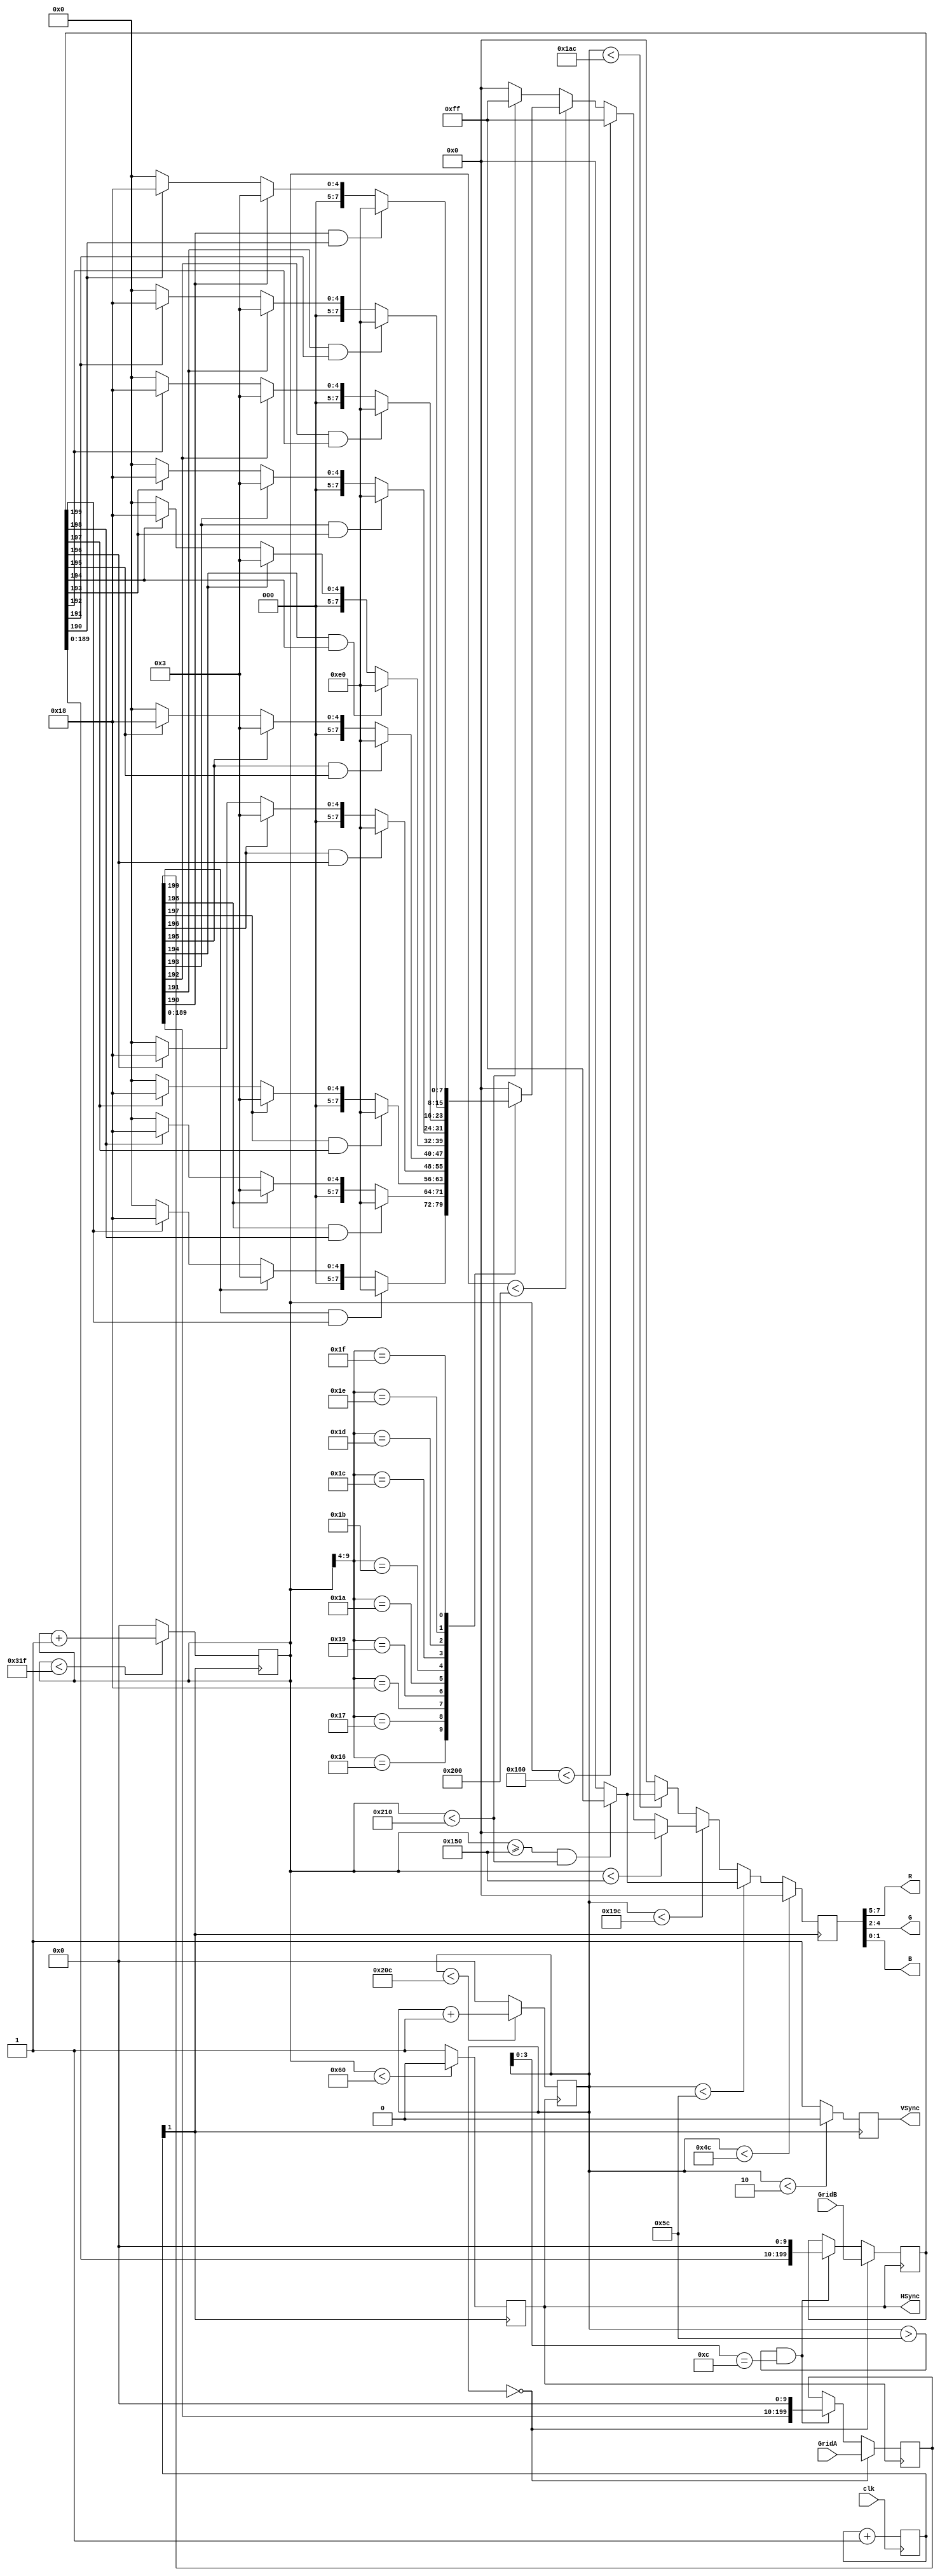
`timescale 1ns / 1ps

//////////////////////////////////////////////////////////////////////////////////
// Company: 
// Engineer: 
// 
// Design Name: 
// Module Name:    tetris_vga2 
// Project Name: 
// Target Devices: 
// Tool versions: 
// Description: 
//
// Dependencies: 
//
// Revision: 
// Revision 0.01 - File Created
// Additional Comments: 
//
//////////////////////////////////////////////////////////////////////////////////
module tetris_vga2(
	clk,
	GridA, GridB,
	HSync, VSync,
	R, G, B
    );
	
	input clk; // 100Mhz clock
	input [199:0] GridA; // blue grid
	input [199:0] GridB; // red grid
	output reg HSync;
	output reg VSync;
	output wire [2:0] R;
	output wire [2:0] G;
	output wire [1:0] B;
	
	reg [7:0] RGB;
	assign R = RGB[7:5];
	assign G = RGB[4:2];
	assign B = RGB[1:0];
	
	// colors
	parameter COLOR_BACKGROUND = 8'b000_000_00,
			  COLOR_BORDER     = 8'b111_111_11,
			  COLOR_GRIDA      = 8'b000_000_11,
			  COLOR_GRIDB      = 8'b000_110_00,
			  COLOR_BOTH       = 8'b111_000_00;
	
	parameter HPULSE_END  = 96,
			  LMARGIN_END = 336,
			  LBORDER_END = 352,
			  RGAME_END   = 512,
			  RBORDER_END = 528;

	parameter VPULSE_END  = 2,
			  TMARGIN_END = 76,
			  TBORDER_END = 92,
			  BGAME_END   = 412,
			  BBORDER_END = 428;
	
	reg [9:0] HorizontalCounter;
	reg [9:0] VerticalCounter;

	wire [5:0] ShiftedHorizontalCounter = HorizontalCounter[9:4];
	parameter SHIFTED_HGAME_START = 22; // gamestart/16

	reg [199:0] GridA_Buff;
	reg [199:0] GridB_Buff;
	wire [9:0] a = GridA_Buff[199:190];
	wire [9:0] b = GridB_Buff[199:190];

	reg [1:0] clock_divider;
	wire pxl_clk = clock_divider[1];
	
	always @(posedge clk) begin
		clock_divider <= clock_divider + 1'b1;
	end
	
	// HorizontalCounter should count 25MHz clock pulses from 0 to 799
	always @(posedge pxl_clk) begin
		if (HorizontalCounter < 799)
			HorizontalCounter <= HorizontalCounter + 1'b1;
		else
			HorizontalCounter <= 0;
	end

	// HSync is active for 96 clock pulses
	always @(posedge pxl_clk) begin
		if (HorizontalCounter < 96)
			HSync <= 1'b0;
		else
			HSync <= 1'b1;
	end


	// VerticalCounter should count HSync pulses from 0 to 524
	always @(negedge HSync) begin
		if (VerticalCounter < 524)
			VerticalCounter <= VerticalCounter + 1'b1;
		else
			VerticalCounter <= 0;
	end

	// VSync is active for 2 lines
	always @(posedge pxl_clk) begin
		if (VerticalCounter < 2)
			VSync <= 1'b0;
		else
			VSync <= 1'b1;
	end

	// stuff for drawing game area:
	always @(posedge pxl_clk) begin
		// Draw top margin
		if (VerticalCounter < TMARGIN_END)
			RGB <= COLOR_BACKGROUND;
		
		// Draw top border
		else if (VerticalCounter < TBORDER_END) begin
			if (HorizontalCounter >= LMARGIN_END && HorizontalCounter < RBORDER_END)
				RGB <= COLOR_BORDER;
			else
				RGB <= COLOR_BACKGROUND;
		end
		
		// Draw game
		else if (VerticalCounter < BGAME_END) begin
			if (HorizontalCounter < LMARGIN_END)
				RGB <= COLOR_BACKGROUND;
			else if (HorizontalCounter < LBORDER_END)
				RGB <= COLOR_BORDER;
			else if (HorizontalCounter < RGAME_END) begin
				// draw game board
				case (ShiftedHorizontalCounter)
					SHIFTED_HGAME_START:     RGB <= (a[9] & b[9]) ? COLOR_BOTH : (a[9]) ? COLOR_GRIDA : (b[9]) ? COLOR_GRIDB : COLOR_BACKGROUND;
					SHIFTED_HGAME_START + 1: RGB <= (a[8] & b[8]) ? COLOR_BOTH : (a[8]) ? COLOR_GRIDA : (b[8]) ? COLOR_GRIDB : COLOR_BACKGROUND;
					SHIFTED_HGAME_START + 2: RGB <= (a[7] & b[7]) ? COLOR_BOTH : (a[7]) ? COLOR_GRIDA : (b[7]) ? COLOR_GRIDB : COLOR_BACKGROUND;
					SHIFTED_HGAME_START + 3: RGB <= (a[6] & b[6]) ? COLOR_BOTH : (a[6]) ? COLOR_GRIDA : (b[6]) ? COLOR_GRIDB : COLOR_BACKGROUND;
					SHIFTED_HGAME_START + 4: RGB <= (a[5] & b[5]) ? COLOR_BOTH : (a[5]) ? COLOR_GRIDA : (b[5]) ? COLOR_GRIDB : COLOR_BACKGROUND;
					SHIFTED_HGAME_START + 5: RGB <= (a[4] & b[4]) ? COLOR_BOTH : (a[4]) ? COLOR_GRIDA : (b[4]) ? COLOR_GRIDB : COLOR_BACKGROUND;
					SHIFTED_HGAME_START + 6: RGB <= (a[3] & b[3]) ? COLOR_BOTH : (a[3]) ? COLOR_GRIDA : (b[3]) ? COLOR_GRIDB : COLOR_BACKGROUND;
					SHIFTED_HGAME_START + 7: RGB <= (a[2] & b[2]) ? COLOR_BOTH : (a[2]) ? COLOR_GRIDA : (b[2]) ? COLOR_GRIDB : COLOR_BACKGROUND;
					SHIFTED_HGAME_START + 8: RGB <= (a[1] & b[1]) ? COLOR_BOTH : (a[1]) ? COLOR_GRIDA : (b[1]) ? COLOR_GRIDB : COLOR_BACKGROUND;
					SHIFTED_HGAME_START + 9: RGB <= (a[0] & b[0]) ? COLOR_BOTH : (a[0]) ? COLOR_GRIDA : (b[0]) ? COLOR_GRIDB : COLOR_BACKGROUND;
					default:		         RGB <= COLOR_BACKGROUND;
				endcase
			end
			else if (HorizontalCounter < RBORDER_END)
				RGB <= COLOR_BORDER;
			else
				RGB <= COLOR_BACKGROUND;
		end
		
		// Draw bottom border
		else if (VerticalCounter < BBORDER_END) begin
			if (HorizontalCounter >= LMARGIN_END && HorizontalCounter < RBORDER_END)
				RGB <= COLOR_BORDER;
			else
				RGB <= COLOR_BACKGROUND;
		end
		
		// Draw bottom margin
		else
			RGB <= COLOR_BACKGROUND;
	end

	always @(negedge HSync) begin
		if (VerticalCounter == 0) begin
			// load new grid
			GridA_Buff <= GridA;
			GridB_Buff <= GridB;
		end
		else if (VerticalCounter > TBORDER_END 
				&& VerticalCounter[3:0] == TBORDER_END % 16) begin // is 16 lines after TBORDER_END
			// shift grids by 10 (move to next row)
			GridA_Buff <= GridA_Buff << 10;
			GridB_Buff <= GridB_Buff << 10;
		end
	end

endmodule